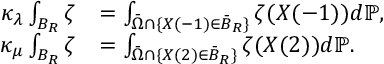
\begin{array} { r l } { \kappa _ { \lambda } \int _ { B _ { R } } \zeta } & { = \int _ { \bar { \Omega } \cap \{ X ( - 1 ) \in \bar { B } _ { R } \} } \zeta ( X ( - 1 ) ) d \mathbb { P } , } \\ { \kappa _ { \mu } \int _ { B _ { R } } \zeta } & { = \int _ { \bar { \Omega } \cap \{ X ( 2 ) \in \bar { B } _ { R } \} } \zeta ( X ( 2 ) ) d \mathbb { P } . } \end{array}